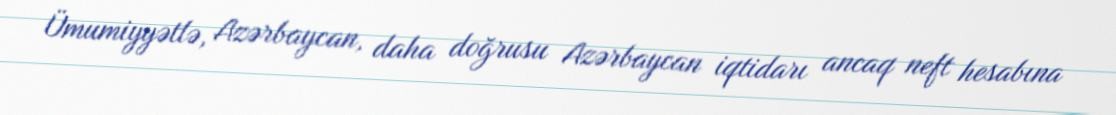
Ümumiyyətlə, Azərbaycan, daha doğrusu Azərbaycan iqtidarı ancaq neft hesabına